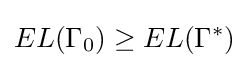
EL(\Gamma _{0})\geq EL(\Gamma ^{*})